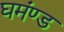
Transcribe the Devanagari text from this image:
घमंण्ड